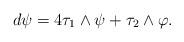
LaTeX: \begin{align*} d \psi = 4 \tau_1 \wedge \psi + \tau_2 \wedge \varphi.\end{align*}